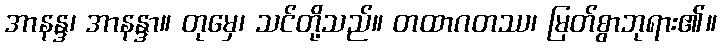
အာနန္ဒ၊ အာနန္ဒာ။ တုမှေ၊ သင်တို့သည်။ တထာဂတဿ၊ မြတ်စွာဘုရား၏။